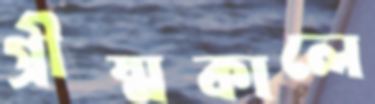
গ্রীষ্মকালে